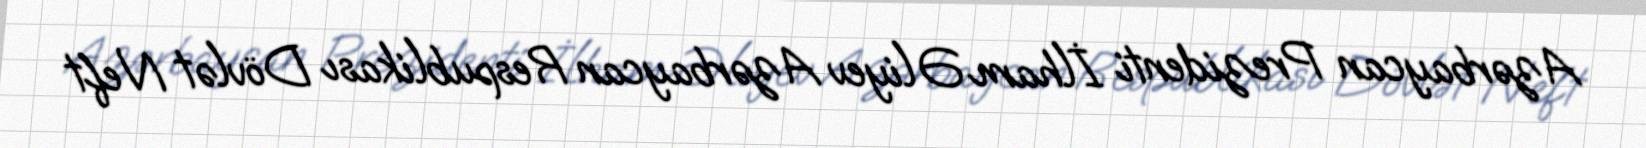
Azərbaycan Prezidenti İlham Əliyev Azərbaycan Respublikası Dövlət Neft